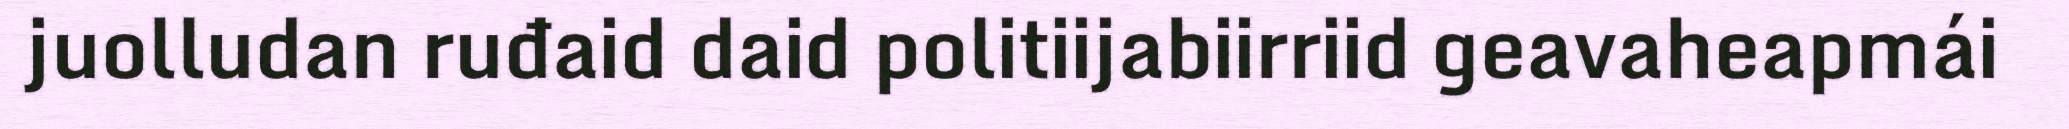
juolludan ruđaid daid politiijabiirriid geavaheapmái